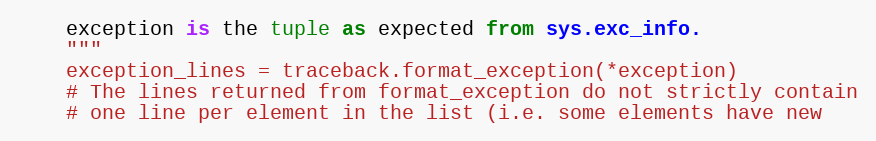
Language: Python
    exception is the tuple as expected from sys.exc_info.
    """
    exception_lines = traceback.format_exception(*exception)
    # The lines returned from format_exception do not strictly contain
    # one line per element in the list (i.e. some elements have new